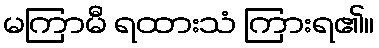
မကြာမီ ရထားသံ ကြားရ၏။